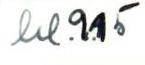
kl. 9.15